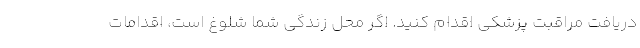
دریافت مراقبت پزشکی اقدام کنید. اگر محل زندگی شما شلوغ است، اقدامات